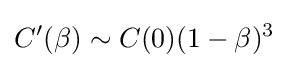
C'(\beta )\sim C(0)(1-\beta )^{3}